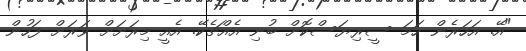
"އޭ. އަހަރެން ހަމަ ސީރިޔަސްކޮށް ބުނި އެއްޗެކޭ. އެއީ މިރަށަށް ވަރަށް ފަހުން